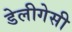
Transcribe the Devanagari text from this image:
डेलीगेसी